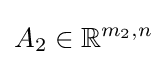
A_{2}\in \mathbb {R} ^{m_{2},n}